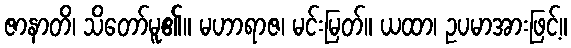
ဇာနာတိ၊ သိတော်မူ၏။ မဟာရာဇ၊ မင်းမြတ်။ ယထာ၊ ဥပမာအားဖြင့်။